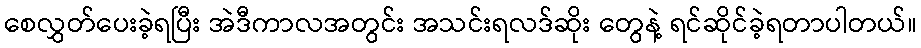
စေလွှတ်ပေးခဲ့ရပြီး အဲဒီကာလအတွင်း အသင်းရလဒ်ဆိုး တွေနဲ့ ရင်ဆိုင်ခဲ့ရတာပါတယ်။